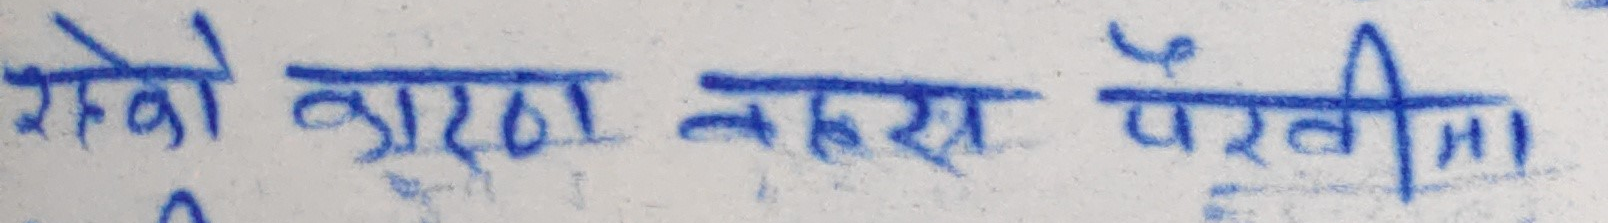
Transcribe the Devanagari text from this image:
रहेको कारण बहरा परथीमा